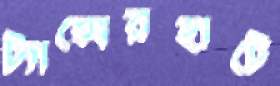
ট্যাক্সেরহাটে